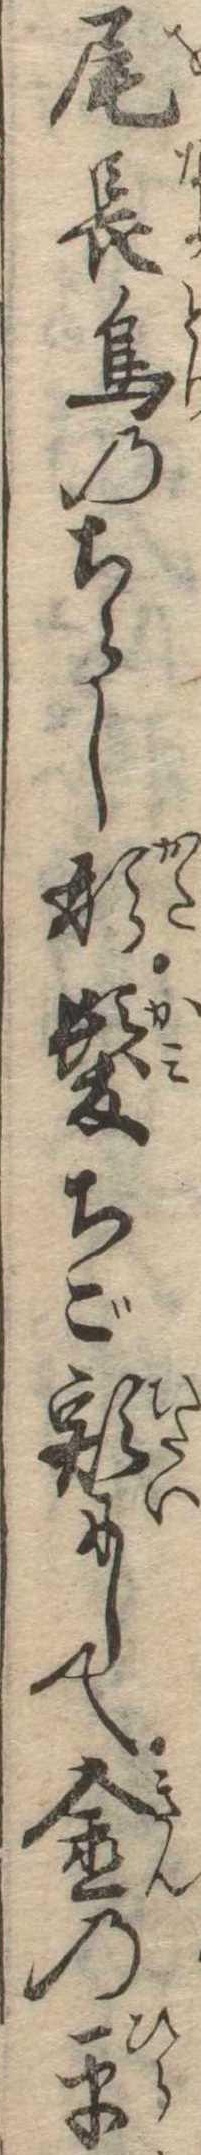
尾長鳥のちらし形髪ちご額にして金の平